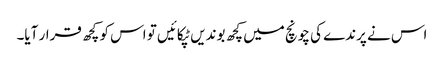
اس نے پرندے کی چونچ میں کچھ بوندیں ٹپکائیں تو اس کو کچھ قرار آیا۔